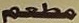
مطعم